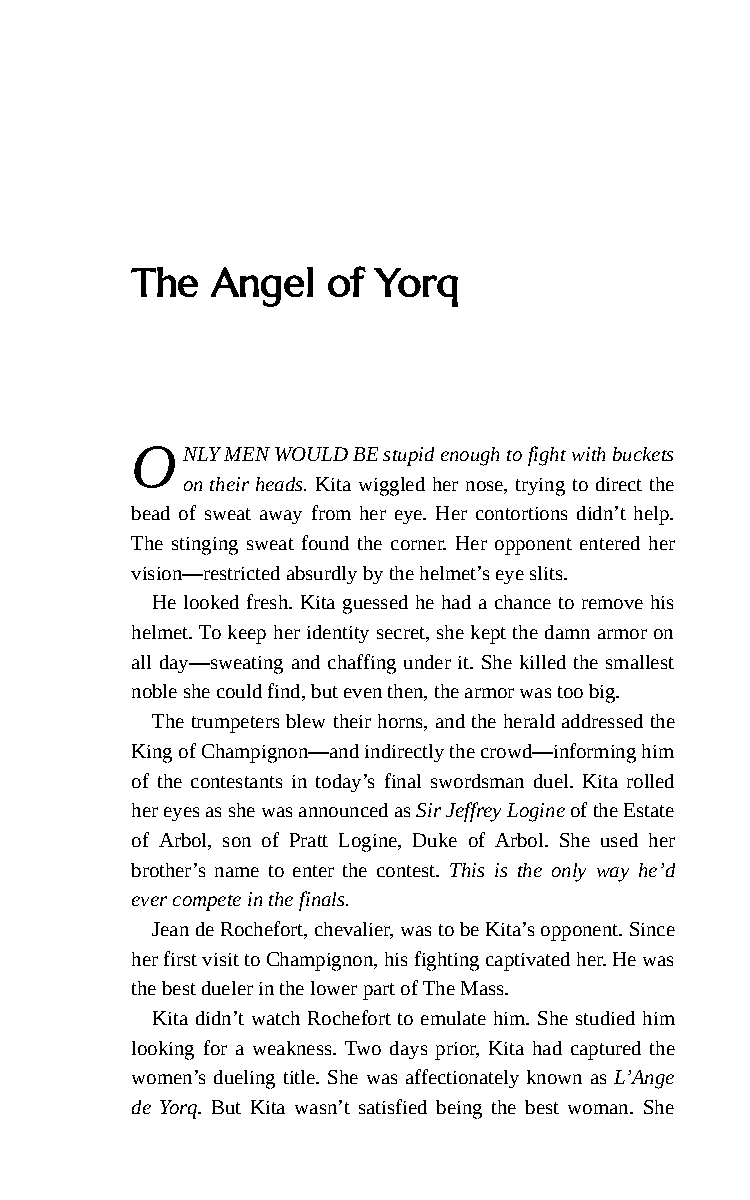
The  Angel   of Yorq
 O  NLY MEN WOULD BE stupid enough to fight with buckets
 on their heads. Kita wiggled her nose, trying to direct the
 bead of sweat away from her eye. Her contortions didn’t help.
 The stinging sweat found the corner. Her opponent entered her
 vision—restricted absurdly by the helmet’s eye slits.
 He looked fresh. Kita guessed he had a chance to remove his
 helmet. To keep her identity secret, she kept the damn armor on
 all day—sweating and chaffing under it. She killed the smallest
 noble she could find, but even then, the armor was too big.
 The trumpeters blew their horns, and the herald addressed the
 King of Champignon—and indirectly the crowd—informing him
 of the contestants in today’s final swordsman duel. Kita rolled
 her eyes as she was announced as Sir Jeffrey Logine of the Estate
 of Arbol, son of Pratt Logine, Duke of Arbol. She used her
 brother’s name to enter the contest. This is the only way he’d
 ever compete in the finals.
 Jean de Rochefort, chevalier, was to be Kita’s opponent. Since
 her first visit to Champignon, his fighting captivated her. He was
 the best dueler in the lower part of The Mass.
 Kita didn’t watch Rochefort to emulate him. She studied him
 looking for a weakness. Two days prior, Kita had captured the
 women’s dueling title. She was affectionately known as L’Ange
 de Yorq. But Kita wasn’t satisfied being the best woman. She